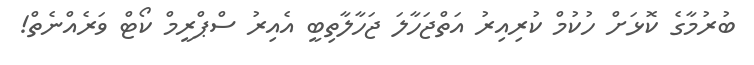
ބުރުމާގެ ކޮޅަށް ހުކުމް ކުރިއިރު އަތްޖަހާލަ ޖަހާލާތިބީ އެއިރު ސްޕްރީމް ކޯޓް ވަރެއްނެތް!